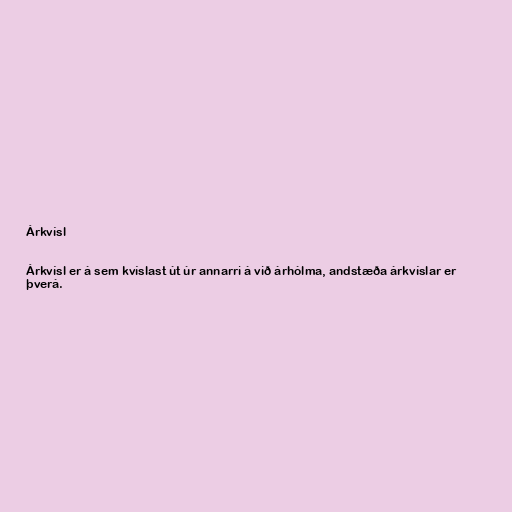
Árkvísl

Árkvísl er á sem kvíslast út úr annarri á við árhólma, andstæða árkvíslar er
þverá.